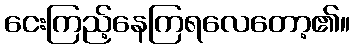
ငေးကြည့်နေကြရလေတော့၏။